Lock hospitals Punjab
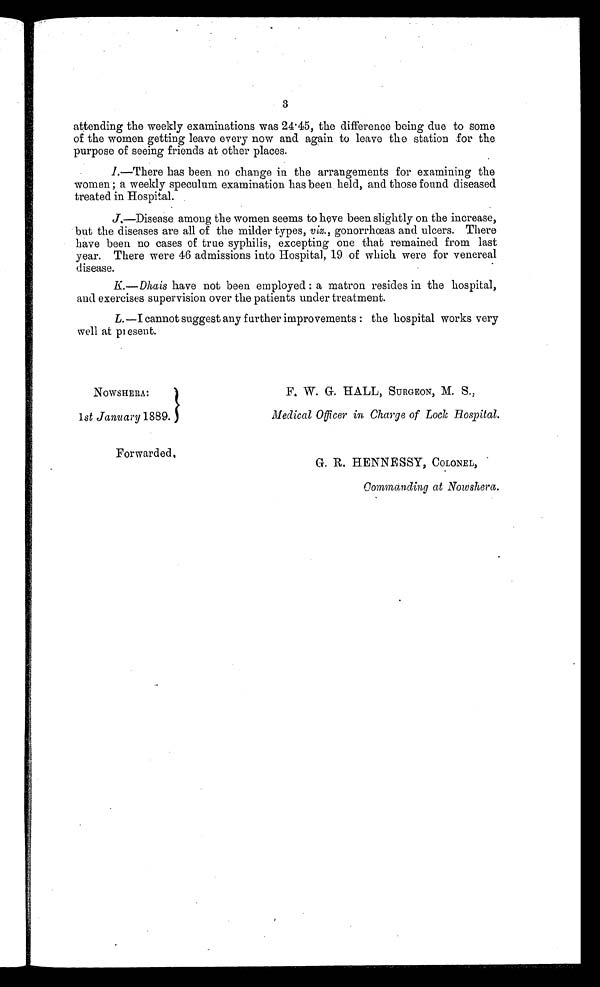
3
attending the weekly examinations was 24 . 45, the difference being due to some
of the women getting leave every now and again to leave the station for the
purpose of seeing friends at other places.
I. —There has been no change in the arrangements for examining the
women ; a weekly speculum examination has been held, and those found diseased
treated in Hospital.
J—Disease among the women seems to heve been slightly on the increase,
but the diseases are all of the milder types, viz., gonorrhœas and ulcers. There
have been no cases of true syphilis, excepting one that remained from last
year. There were 46 admissions into Hospital, 19 of which were for venereal
disease.
K.—Dhais have not been employed : a matron resides in the hospital,
and exercises supervision over the patients under treatment.
L.—I cannot suggest any further improvements : the hospital works very
well at present.
NOWSHERA:
1st January 1889.
F. W. G. HALL, SURGEON, M. S.,
Medical Officer in Charge of Lock Hospital.
Forwarded.
G. R. HENNESSY, COLONEL,
Commanding at Nowshera.